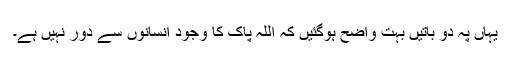
یہاں پہ دو باتیں بہت واضح ہوگئیں کہ اللہ پاک کا وجود انسانوں سے دور نہیں ہے۔